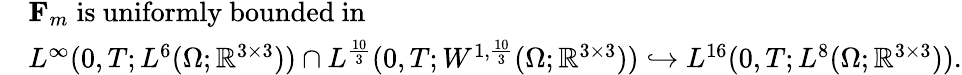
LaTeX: \begin{array}{rl}&{\mathbf{F}_{m}\; \mathrm{is~uniformly~bounded~in}}\\ &{L^{\infty}(0,T;L^{6}(\Omega;\mathbb{R}^{3\times 3}))\cap L^{\frac{10}{3}}(0,T;W^{1,\frac{10}{3}}(\Omega;\mathbb{R}^{3\times 3}))\hookrightarrow L^{16}(0,T;L^{8}(\Omega;\mathbb{R}^{3\times 3})).}\end{array}